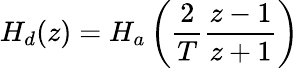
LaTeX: H_{d}(z)=H_{a}\left({\frac{2}{T}}{\frac{z-1}{z+1}}\right)